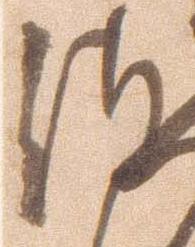
御